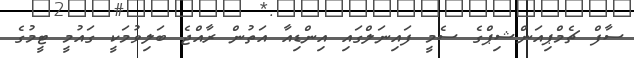
ސާފް ޗެމްޕިއަންޝިޕްގެ ސެމީ ފައިނަލްގައި އިންޑިއާ އަތުން ރާއްޖެ ބަލިވުމަކީ ގައުމީ ޓީމުގެ